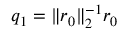
q _ { 1 } = \| r _ { 0 } \| _ { 2 } ^ { - 1 } r _ { 0 }